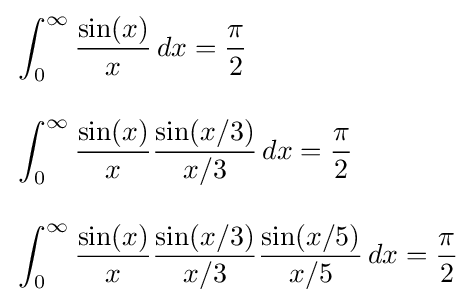
{\begin{aligned}&\int _{0}^{\infty }{\frac {\sin(x)}{x}}\,dx={\frac {\pi }{2}}\\[10pt]&\int _{0}^{\infty }{\frac {\sin(x)}{x}}{\frac {\sin(x/3)}{x/3}}\,dx={\frac {\pi }{2}}\\[10pt]&\int _{0}^{\infty }{\frac {\sin(x)}{x}}{\frac {\sin(x/3)}{x/3}}{\frac {\sin(x/5)}{x/5}}\,dx={\frac {\pi }{2}}\end{aligned}}